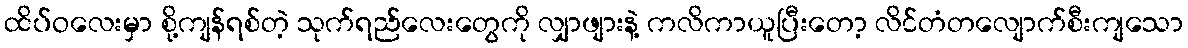
ထိပ်ဝလေးမှာ စို့ကျန်ရစ်တဲ့ သုက်ရည်လေးတွေကို လျှာဖျားနဲ့ ကလိကာယူပြီးတော့ လိင်တံတလျောက်စီးကျသော